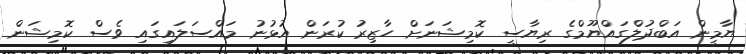
ޔާމީން އަބްދުލްގައްޔޫމްގެ ރިޔާސީ ކޮމިޝަނަށް ހާޒިރު ކުރަން އުޅުނު މައްސަލައިގައި ވެސް ކޮމިޝަން